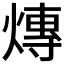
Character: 𤍿